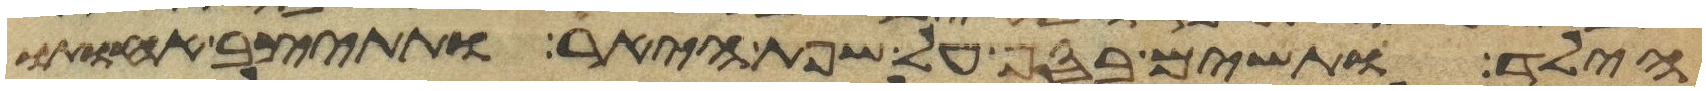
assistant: הילד ותשם בסף על שפת היאר ותתיצב אחותו